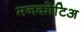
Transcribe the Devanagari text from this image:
मनकोटिअ